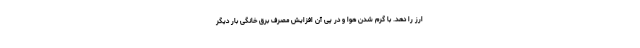
ارز را دهد. با گرم شدن هوا و در پی آن افزایش مصرف برق خانگی بار دیگر